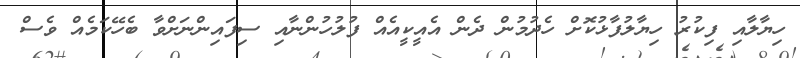
ހިޔާލާއި ފިކުރު ހިޔާލުފާޅުކޮށް ހެދުމުން ދެން އެއީކީއެއް ފުލުހުންނާއި ސިފައިންނަށްވާ ބެހޭކަމެއް ވެސް